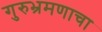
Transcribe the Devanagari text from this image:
गुरुभ्रमणाचा